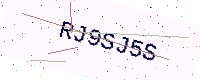
Text: RJ9SJ5S